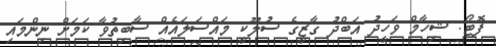
ފޮޓޯ: ޝިހާމް ވަހީދު އަބްދު ގާޒީގެ ސުލޫކީ މައްސަލައެއް ސާބިތުވާ ކަމަށް ނިންމައި